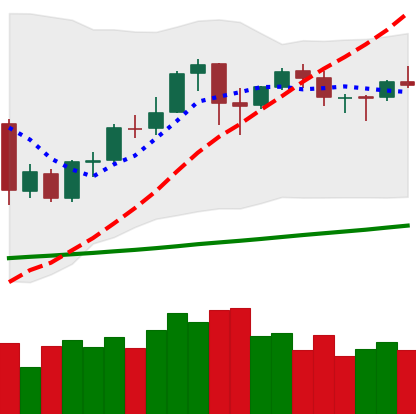
Ticker: BNB-USD
Chart end date: 2020-10-10
Forward return: 10.537%
Label: up_7plus